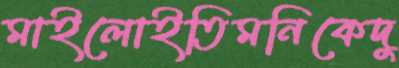
মাইলোইতিমনিকেদু